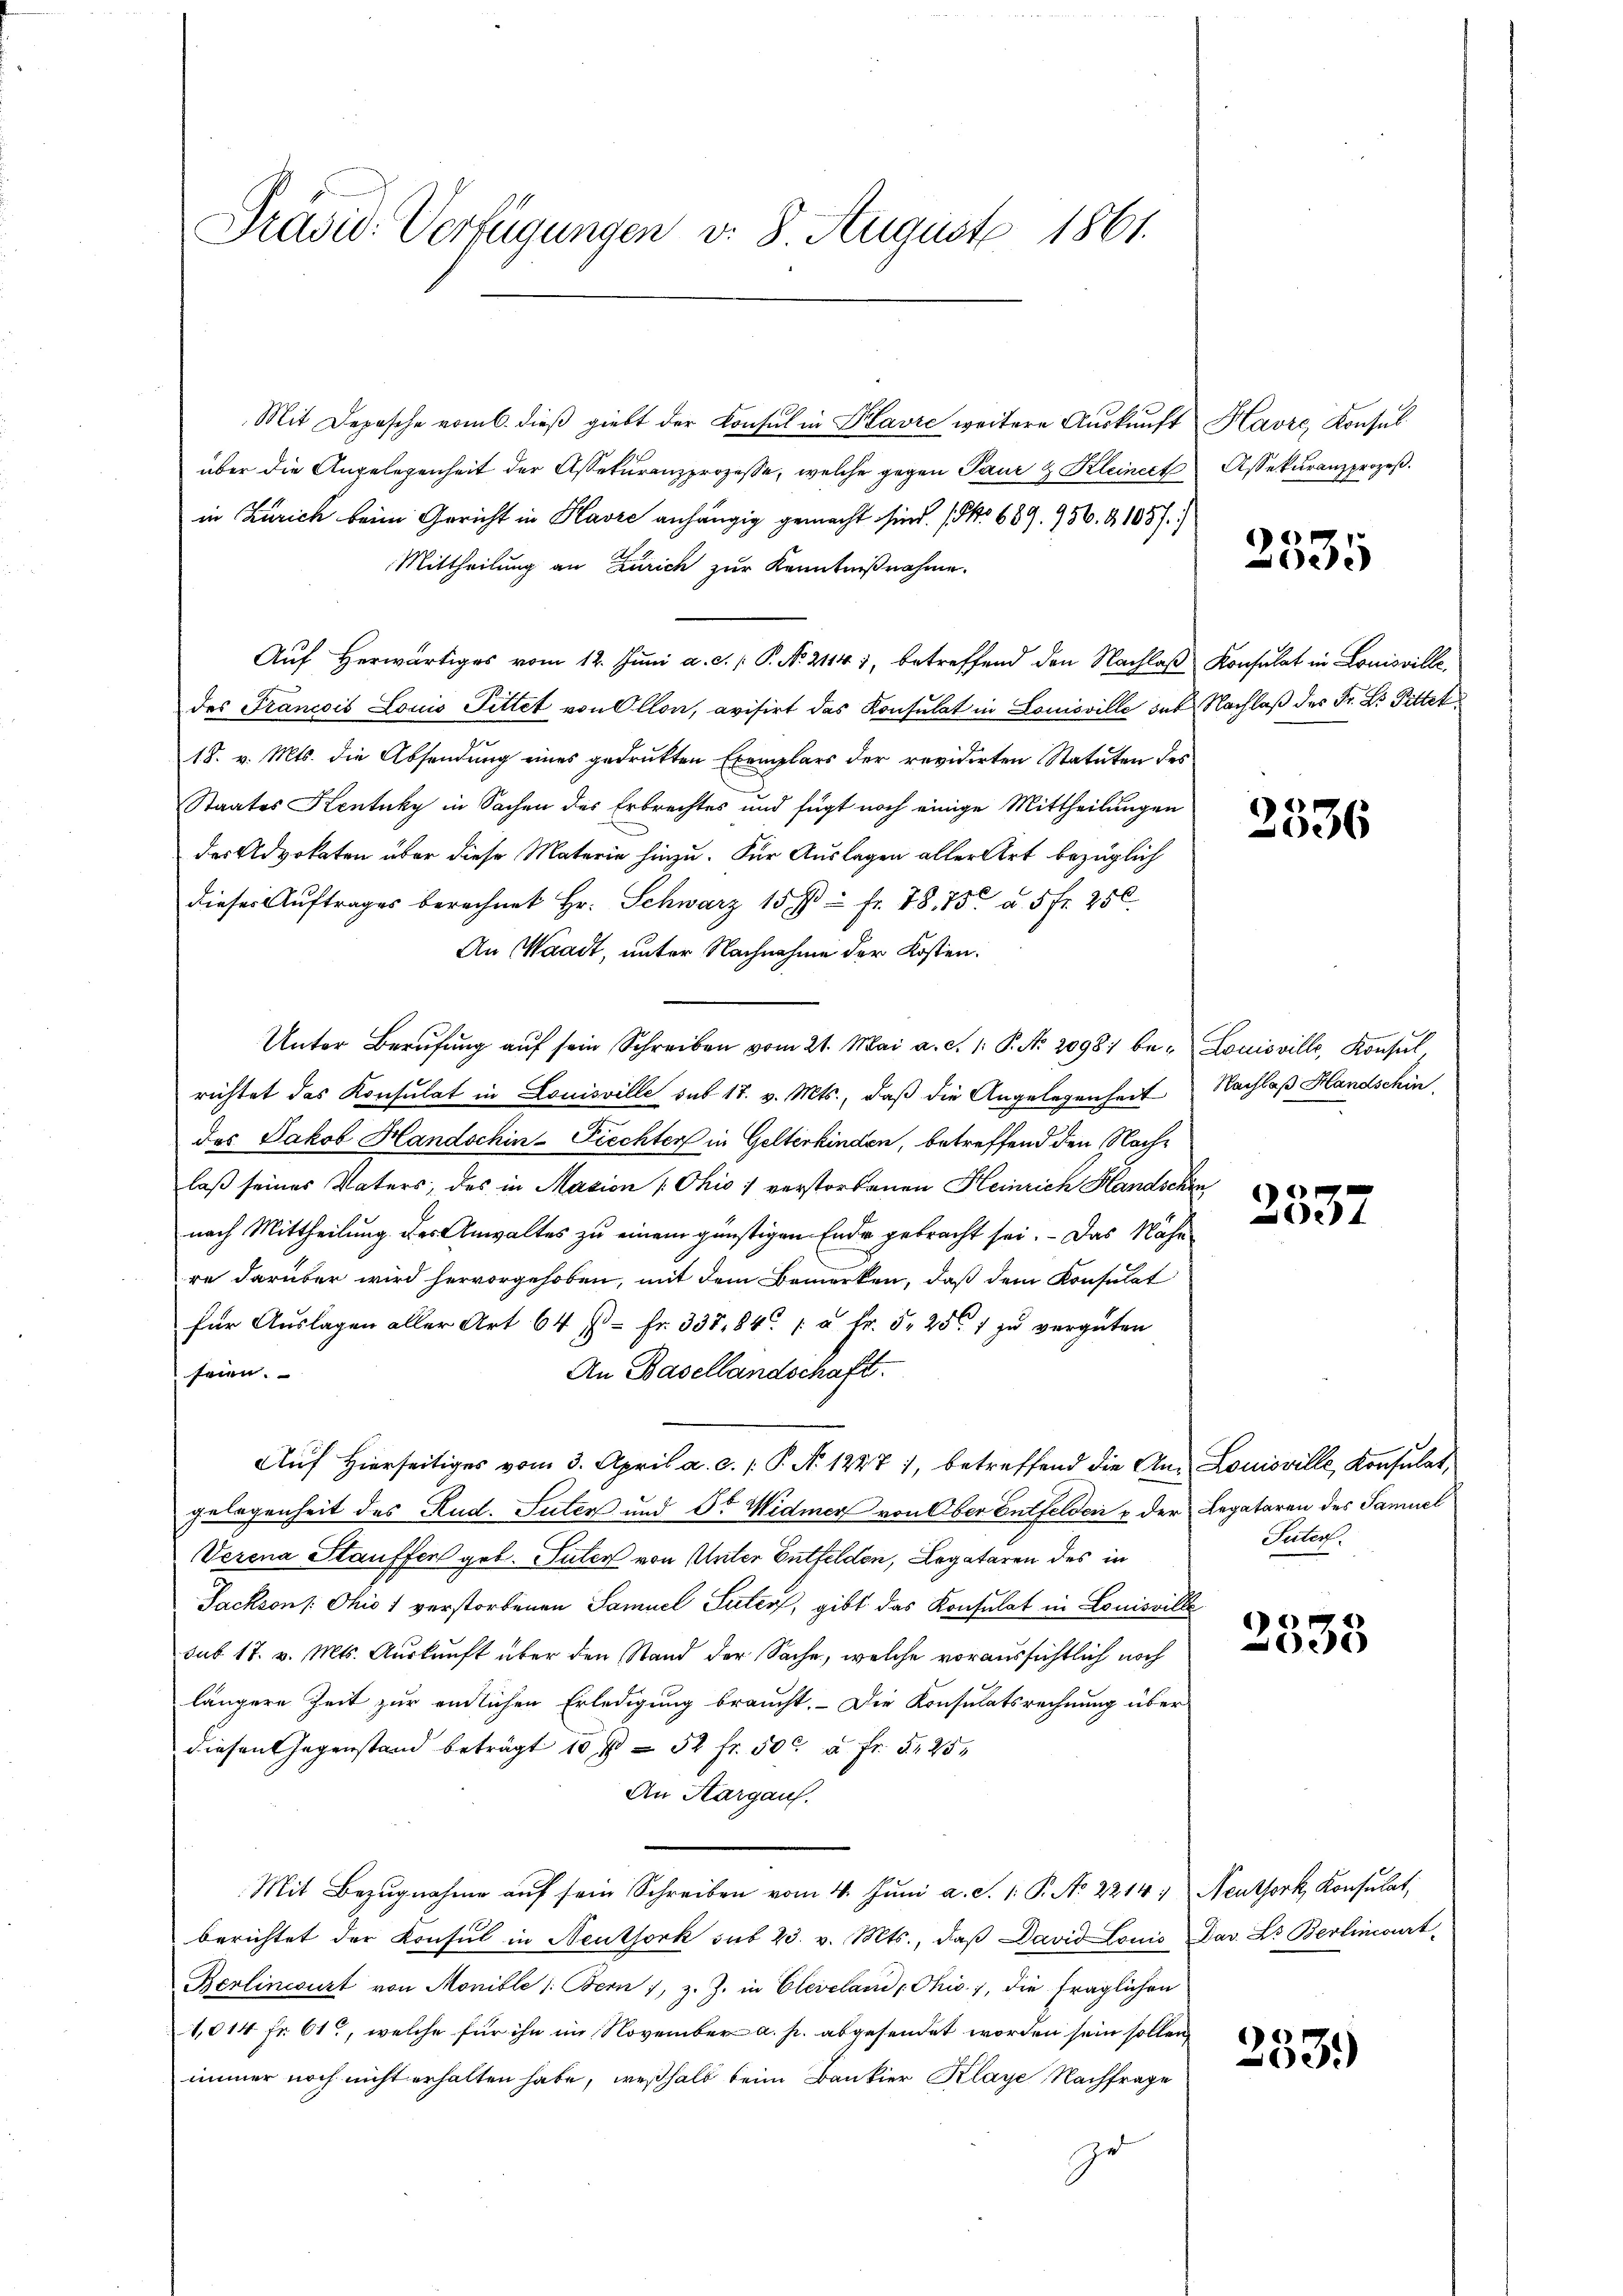
Mit Depesche vom 6. dieß giebt der Konsul in Kavre weitere Auskunft
über die Angelegenheit der Assekuranzprozesse, welche gegen Paur & Kleineck
in Zürich beim Gericht in Havre anhängig gemacht sind. (S. 689. 956. 1057.)
Mittheilung an Zürich zur Kenntnißnahme.
Auf herwärtiges vom 12. Juni a. c.  P. N. 2114 1, betreffend den Nachlaß
des Francois Louis Pittet von Ollon, avisirt das Konsulat in Louisville der Nachlaß des Fr. Dr. Pittet
18. v. Mts. die Absendung eines gedrukten Exemplars der revidirten Statuten des
Staates Kentuky in Sachen des Erbrechtes und fügt noch einige Mittheilungen
des Advokaten über diese Materie hinzu. Für Auslagen aller Art bezüglich
dieser Aŭftrages berechnet Hr. Schwarz 15 f - fr. 78. 75 u. 5 fr. 250
An Waadt, unter Nachnahme der Kosten.
Unter Berufung auf sein Schreiben vom 21. Mai a. c. 1. P. No. 2098. berichtet das Konsulat in Louisville sub 17. v. Mts., daß die Angelegenheit
des Jakob Handschin-Fiechter in Gelterkinden, betreffend den Nachlaß seines Vaters, des in Macion [Chio) verstorbenen Heinrich Handschen,
nach Mittheilung der Anwaltes zu einem günstigen Ende gebracht sei. Das Nähe
re darüber wird hervorgehoben, mit dem Bemerken, daß dem Konsulat
für Auslagen aller Art. 64 f. Fr. 335,84 / u Fr. 5. 251 zu vergüten
An Basellandschaft.
seien.
Auf hierseitiges vom 3. April a. c. /: P. N. 12271, betreffend die An- Louisville, Konsulat,
gelegenheit des Rud. Suter und 5t Widmer von Ober Entfelden & der Legataren des Samuel
Verena Stauffen geb. Suter von Unter Entfelden, Legataren des in
Sackson /: Ohio 1 verstorbenen Samuel Suter, gibt das Konsulat in Louisville
sub 17. v. Mts. Auskunft über den Stand der Sache, welche voraussichtlich noch
längere Zeit zur endlichen Erledigung braucht. Die Konsulatsrechnung über
diesen Gegenstand beträgt 10 f 52 fr. 50c a Fr. 525
An Aargauf.
Mit Bezŭgnahme aŭf sein Schreiben vom 4. Jŭni a. S. 1: P. No 2214:
berichtet der Konsul in Neuthork sub 23. v. Mts., daβ David Louis Das L. Berlinoirt-
Berlincourt von Monible /: Bern, z. Z. in Clevelan, Ohio, die fraglichen
1,014 Fr. 61, welche für ihn im November a. p. abgesendet worden sein sollen,
immer noch nicht erhalten habe, weßhalb beim Bankier Klage Nachfrage
u

Präsid. Verfügungen v. 8. August 1861.

Havre Konsul
Assekuranzprozeß.

Konsulat in Louisville.

Louisville, Konsul,
Nachlaß Handschin

2535

2536

6
e

Seiter.

)
5

Neuthork, Konsulat,

253.